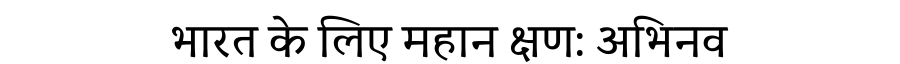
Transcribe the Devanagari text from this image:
भारत के लिए महान क्षण: अभिनव